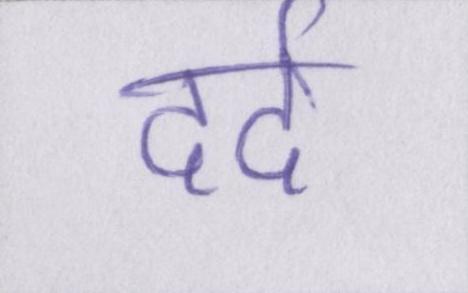
दर्द